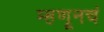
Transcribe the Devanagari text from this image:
म्हणूनचं